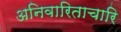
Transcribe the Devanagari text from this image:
अनिवारिताचारि